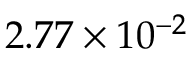
2 . 7 7 \times 1 0 ^ { - 2 }